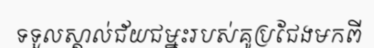
ទទួលស្គាល់ជ័យជម្នះរបស់គូប្រជែងមកពី